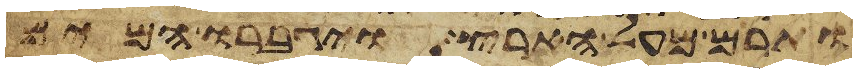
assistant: ותרם מעל הארץ ויגברו המים